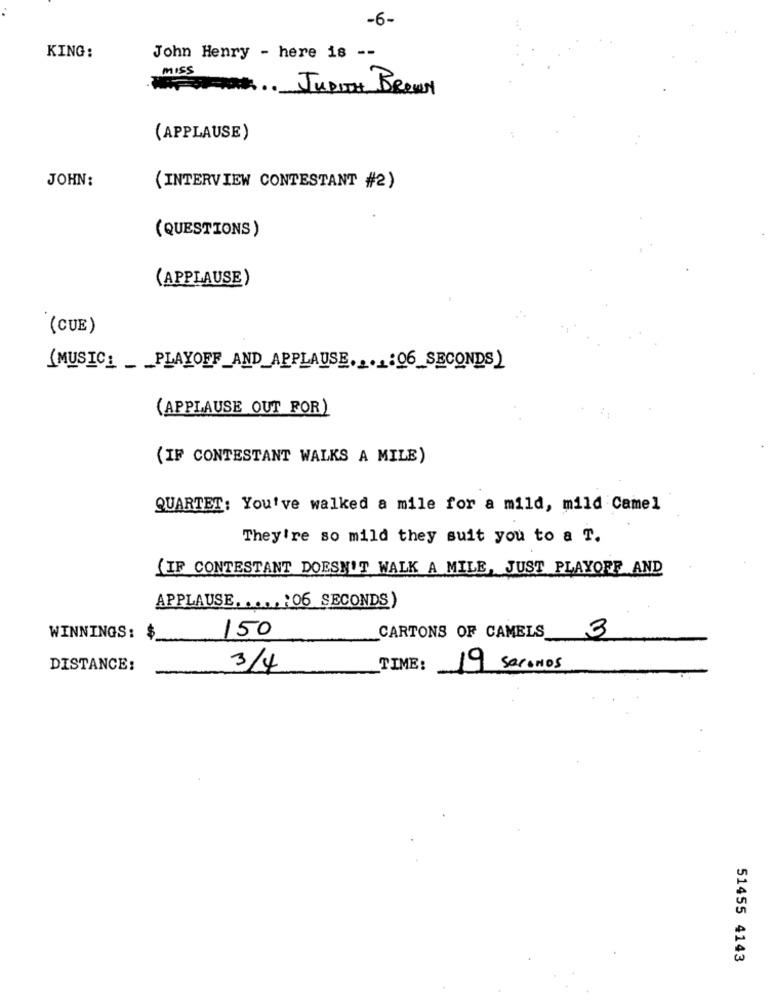
-6-
KING:
John Henry - here is --
MISS
JUDITH BROWN
(APPLAUSE)
JOHN:
(INTERVIEW CONTESTANT #2)
(QUESTIONS)
(APPLAUSE)
(CUE)
(MUSIC_ _ _ PLAYOFF_AND_APPLAUSE ....: 06_SECONDS)
(APPLAUSE OUT FOR)
(IF CONTESTANT WALKS A MILE)
QUARTET: You've walked a mile for a mild, mild Camel
They're so mild they suit you to a T.
(IF CONTESTANT DOESN'T WALK A MILE, JUST PLAYOFF AND
APPLAUSE .. ... : 06 SECONDS)
150
3
WINNINGS: $
CARTONS OF CAMELS
DISTANCE:
3/4
TIME:
19 SECONDS
51455 4143